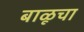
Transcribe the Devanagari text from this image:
बाळूचा